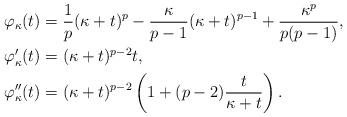
\begin{align*}\varphi_{\kappa}(t) &= \frac{1}{p}(\kappa + t)^p - \frac{\kappa}{p-1}(\kappa + t)^{p-1} + \frac{\kappa^p}{p(p-1)}, \\\varphi_{\kappa}'(t) &=(\kappa + t)^{p-2} t, \\\varphi_{\kappa}''(t) &= (\kappa + t)^{p-2}\left( 1 + (p-2) \frac{t}{\kappa + t}\right).\end{align*}